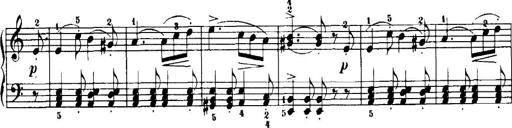
Title: 7 Sonatinas
Composer: Anton Diabelli